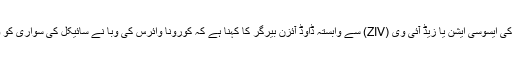
جرمنی میں سائیکل انڈسٹری کی ایسوسی ایشن یا زیڈ آئی وی (ZIV) سے وابستہ ڈاوڈ آئزن بیرگر کا کہنا ہے کہ کورونا وائرس کی وبا نے سائیکل کی سواری کو وقت کی ضرورت بنا دیا ہے۔